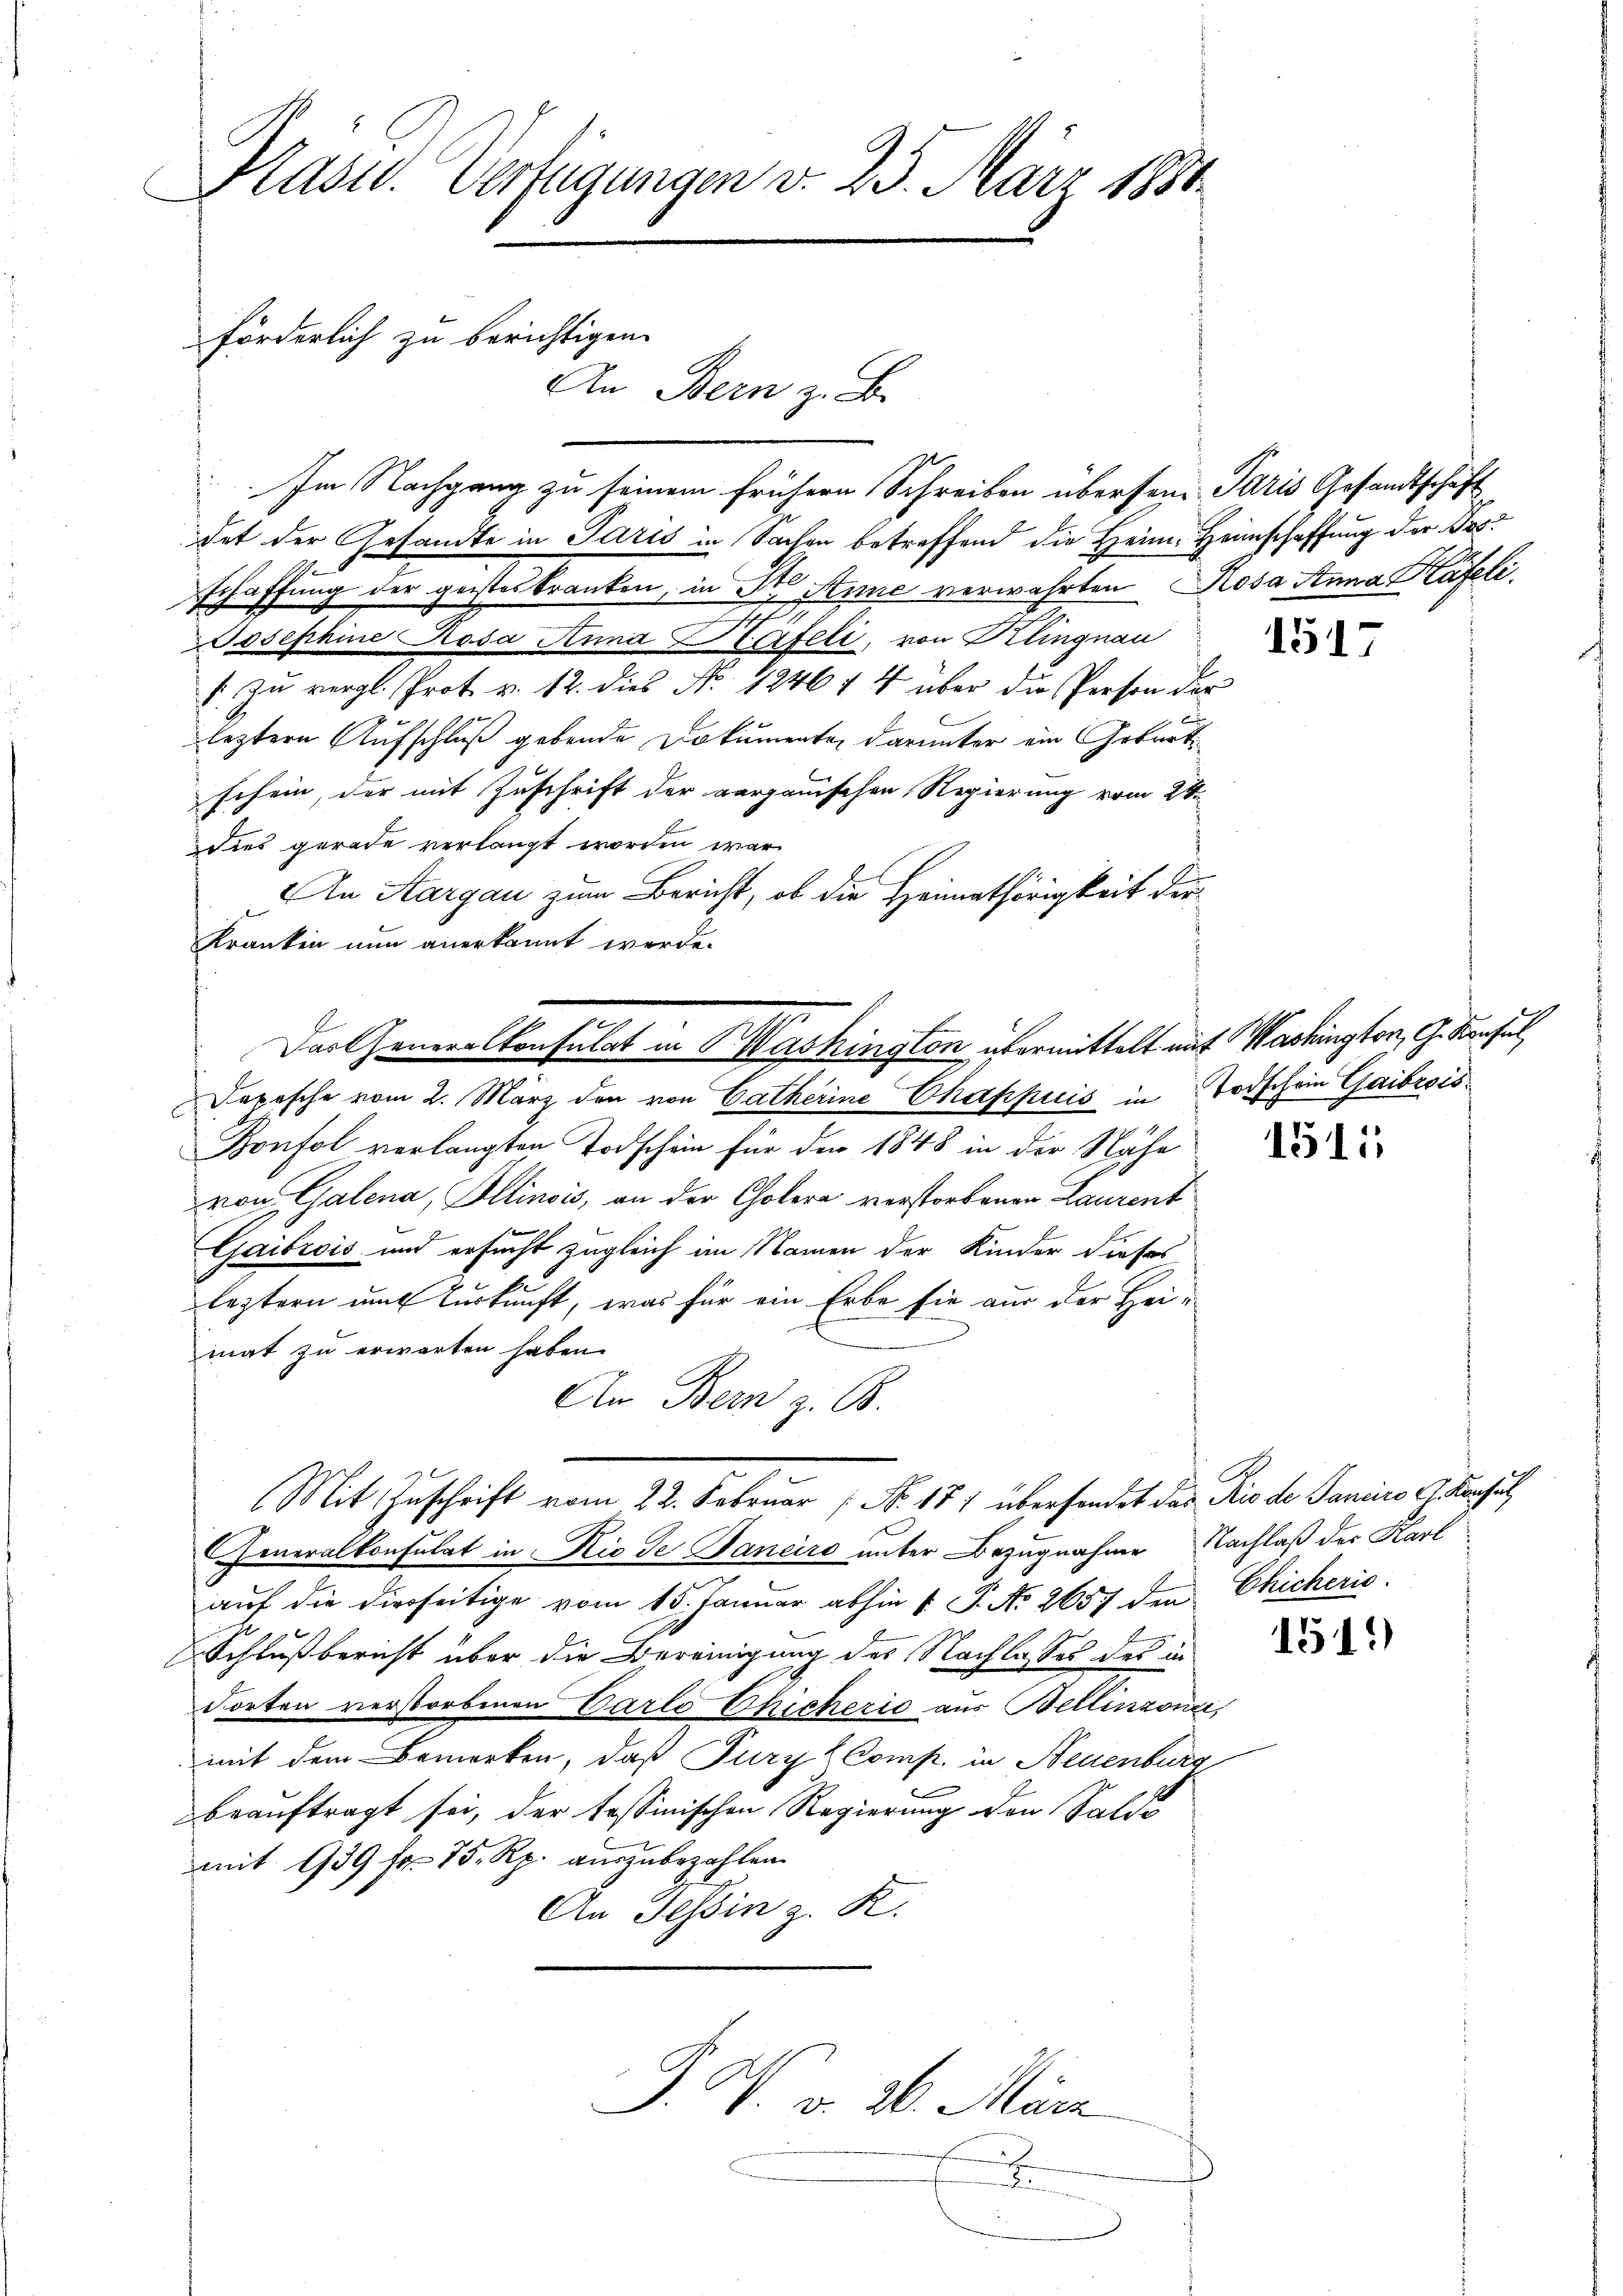
Kasid. Verfügungen v. 25. März 1881
förderlich zu berichtigen.
An Bern z. B.

Das Generalkonsulat in Washington übermittelt auf Washington, G. Konsul,

Im Nachgang zu seinem frühern Schreiben übersein Paris Gesandtschaft
det der Gesandte in Paris in Sachen betreffend die Heim Heimschaffung der Dos¬
2
schaffung der geisteskranken, in Dr. Anne verwahrten Rosa Anna Käfeli¬
II.
Josephine Rosa Anna Ptafeli, von Klingnau
6. zu vergl. Prot u. 12. dies No 4246 f 4 über die Person der
leztere Aufschluß gebende Dokumente darunter ein Gebartschein, der mit Zuschrift der aargauischen Regierung vom 24.
dies gerade verlangt worden war.
An Aargau zum Bericht, ob die Heimathörigkeit der
Kranken nun anerkannt werde.
Depesche vom 2. März den von Catherine Chappuis in Todschein Gaibrois
Konfol verlangten Todschein für den 1848 in der Nähe
von Galena, Allinois, an der Cholera verstorbenen Laurent
e
Gaibrois und ersucht zugleich im Namen der Kinder dieses
leztern ums Turkunft, was für ein Erbe sie aus der Hei
mat zu erwarten haben.
An Bern z. B.
Mit Zuschrift vom 22. Februar (No. 171 überhandet das Rio de Janeiro C. Konsul
Generalkonsulat in Rio de Janeiro unter Bezugnahme Nachlaß der Karl
auf die dierseitige vom 15. Januar abhin 1 P. No 2657 den Chicheris
Schlußbericht über die Bereinigung des Nachlasses des in
Torten verstorbenen Carlo Chicherić aus Bellinzona,
mit dem Bemerken, daß Pury Comp. in Neuenburg
beauftragt sei, der tessinischen Regierung den Saldo
mit 939 f. 75. Rp. auszubezahlen.
An Tessin z. R.

P. F. v. 26. März
.

2

1517

1515

1519